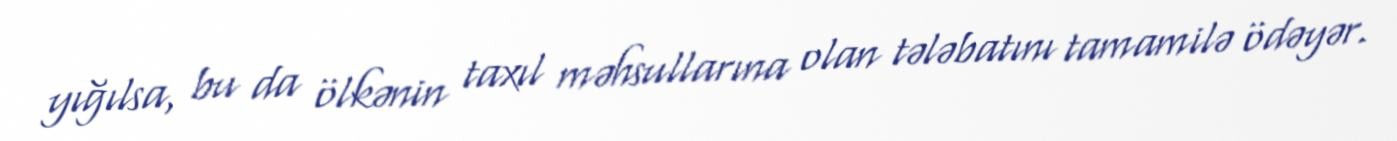
yığılsa, bu da ölkənin taxıl məhsullarına olan tələbatını tamamilə ödəyər.